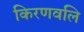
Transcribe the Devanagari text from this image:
किरणवलि